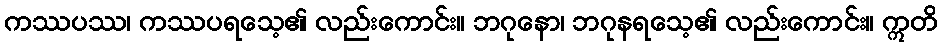
ကဿပဿ၊ ကဿပရသေ့၏ လည်းကောင်း။ ဘဂုနော၊ ဘဂုနရသေ့၏ လည်းကောင်း။ ဣတိ